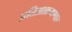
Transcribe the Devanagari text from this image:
प्रतिआक्रमणात